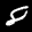
Label: 8